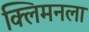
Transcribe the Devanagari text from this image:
क्लिमनला